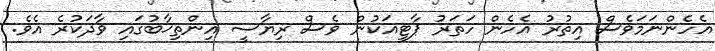
އެހެންނަމަވެސް އިތުރު އެހެން ހަތަރު ޕާޓީއަކުން ވެސް ރިޔާސީ އިންތިޚާބުގައި ވާދަކުރެ އެވެ.